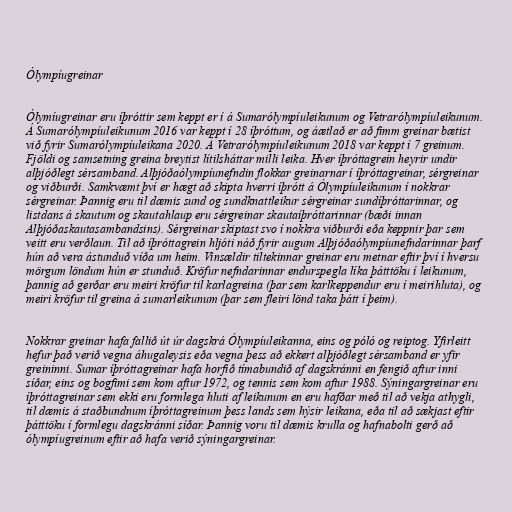
Ólympíugreinar

Ólymíugreinar eru íþróttir sem keppt er í á Sumarólympíuleikunum og Vetrarólympíuleikunum.
Á Sumarólympíuleikunum 2016 var keppt í 28 íþróttum, og áætlað er að fimm greinar bætist
við fyrir Sumarólympíuleikana 2020. Á Vetrarólympíuleikunum 2018 var keppt í 7 greinum.
Fjöldi og samsetning greina breytist lítilsháttar milli leika. Hver íþróttagrein heyrir undir
alþjóðlegt sérsamband. Alþjóðaólympíunefndin flokkar greinarnar í íþróttagreinar, sérgreinar
og viðburði. Samkvæmt því er hægt að skipta hverri íþrótt á Ólympíuleikunum í nokkrar
sérgreinar. Þannig eru til dæmis sund og sundknattleikur sérgreinar sundíþróttarinnar, og
listdans á skautum og skautahlaup eru sérgreinar skautaíþróttarinnar (bæði innan
Alþjóðaskautasambandsins). Sérgreinar skiptast svo í nokkra viðburði eða keppnir þar sem
veitt eru verðlaun. Til að íþróttagrein hljóti náð fyrir augum Alþjóðaólympíunefndarinnar þarf
hún að vera ástunduð víða um heim. Vinsældir tiltekinnar greinar eru metnar eftir því í hversu
mörgum löndum hún er stunduð. Kröfur nefndarinnar endurspegla líka þátttöku í leikunum,
þannig að gerðar eru meiri kröfur til karlagreina (þar sem karlkeppendur eru í meirihluta), og
meiri kröfur til greina á sumarleikunum (þar sem fleiri lönd taka þátt í þeim).

Nokkrar greinar hafa fallið út úr dagskrá Ólympíuleikanna, eins og póló og reiptog. Yfirleitt
hefur það verið vegna áhugaleysis eða vegna þess að ekkert alþjóðlegt sérsamband er yfir
greininni. Sumar íþróttagreinar hafa horfið tímabundið af dagskránni en fengið aftur inni
síðar, eins og bogfimi sem kom aftur 1972, og tennis sem kom aftur 1988. Sýningargreinar eru
íþróttagreinar sem ekki eru formlega hluti af leikunum en eru hafðar með til að vekja athygli,
til dæmis á staðbundnum íþróttagreinum þess lands sem hýsir leikana, eða til að sækjast eftir
þátttöku í formlegu dagskránni síðar. Þannig voru til dæmis krulla og hafnabolti gerð að
ólympíugreinum eftir að hafa verið sýningargreinar.